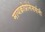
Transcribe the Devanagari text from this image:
मायक्रोप्रोसेसर्सनी